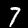
Digit: 7